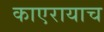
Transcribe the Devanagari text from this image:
काएरायाच